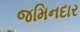
જમિનદાર